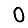
Digit: 0